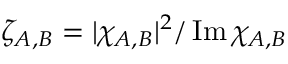
\zeta _ { A , B } = | \chi _ { A , B } | ^ { 2 } / \operatorname { I m } \chi _ { A , B }